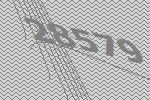
28579